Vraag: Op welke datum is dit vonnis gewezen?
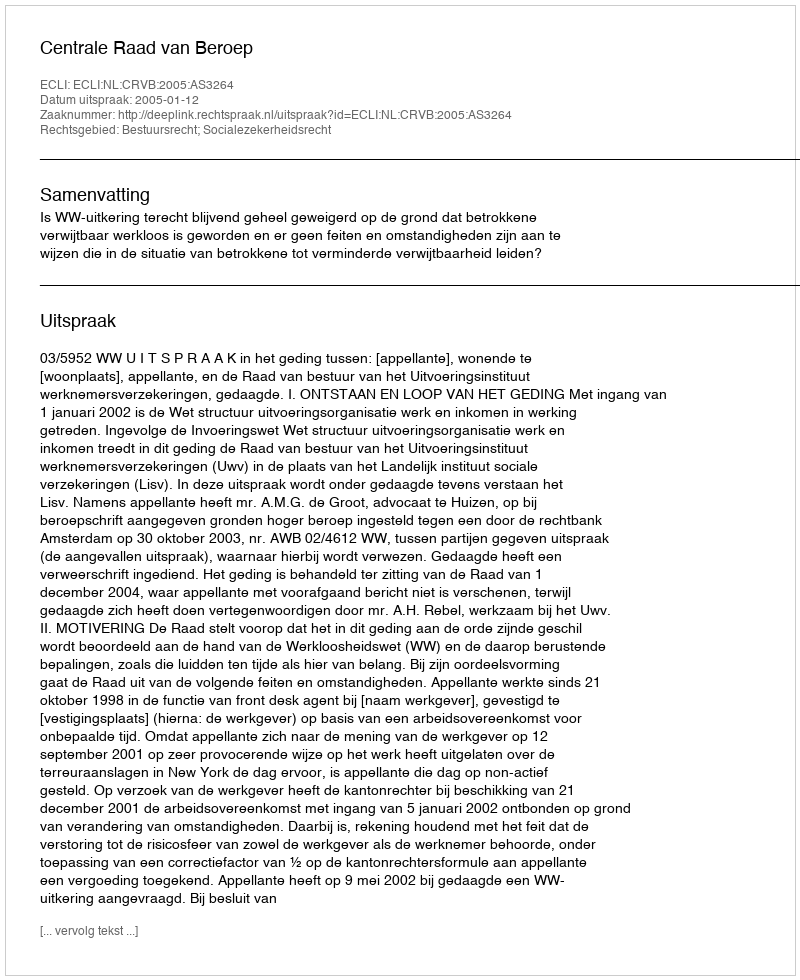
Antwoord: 2005-01-12